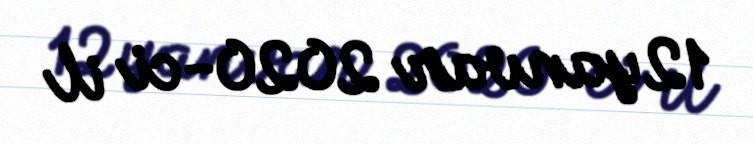
12 yanvar 2020-ci il